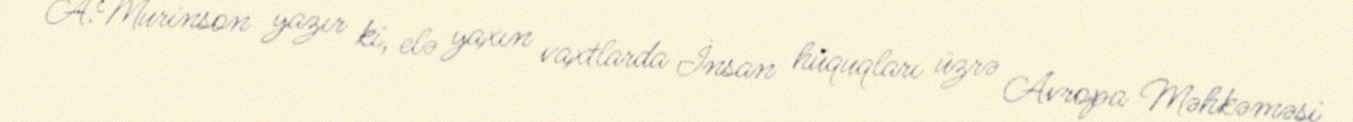
A.Murinson yazır ki, elə yaxın vaxtlarda İnsan hüquqları üzrə Avropa Məhkəməsi